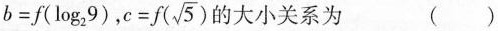
$$b=f(log_{2}9)$$，$$c=f(\sqrt{5})$$ 的大小关系为 ( )